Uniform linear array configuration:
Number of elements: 48
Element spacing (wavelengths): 0.75
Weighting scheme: uniform
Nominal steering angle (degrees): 0
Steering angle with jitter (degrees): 0.1924
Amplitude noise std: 0.05
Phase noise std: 0.05

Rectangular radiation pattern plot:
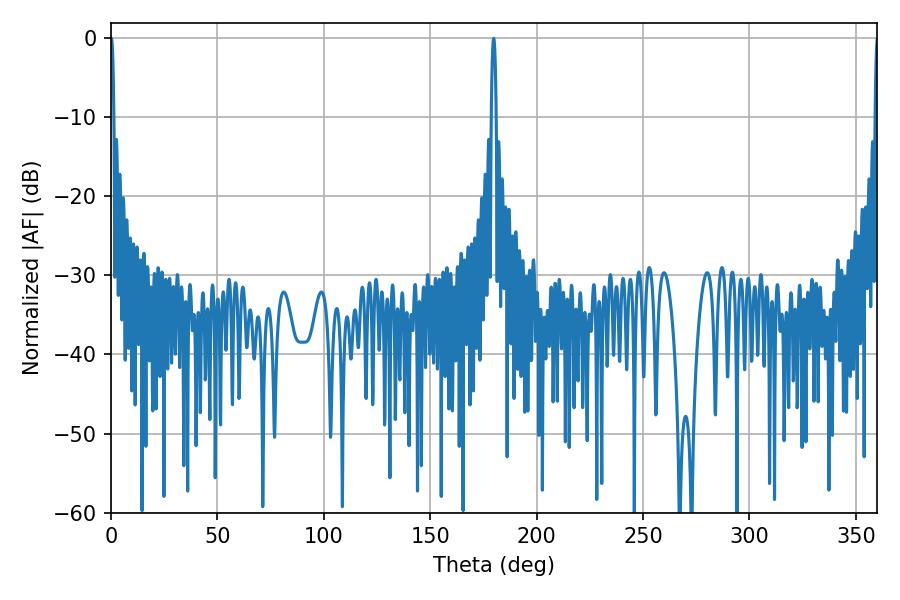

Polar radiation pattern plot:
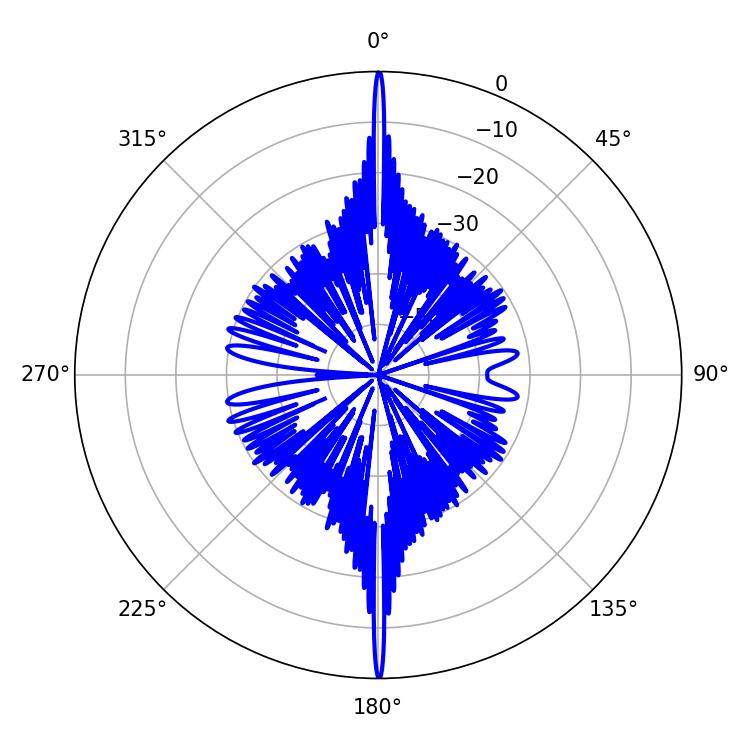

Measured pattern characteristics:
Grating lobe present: TRUE
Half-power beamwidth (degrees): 0.72
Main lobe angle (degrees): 0.18